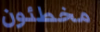
مخطئون